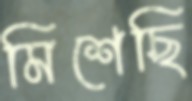
মিশেছি